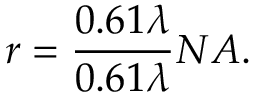
r = \frac { 0 . 6 1 \lambda } { 0 . 6 1 \lambda } { { N A } } .